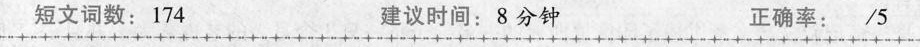
短文词数:174 建议时间:8 分钟 正确率: /5